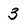
Character: 3